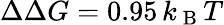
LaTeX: {\Delta\Delta G=0.95\, k_{\mathrm{~B~}}T}